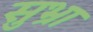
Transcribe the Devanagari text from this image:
सुभ्रा